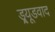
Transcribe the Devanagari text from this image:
ड्र्यूडवाद